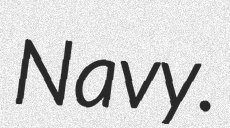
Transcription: Navy.